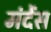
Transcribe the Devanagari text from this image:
मंदेंस